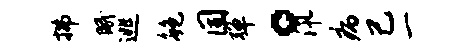
拂眠逃鲍固弹。汛病己一